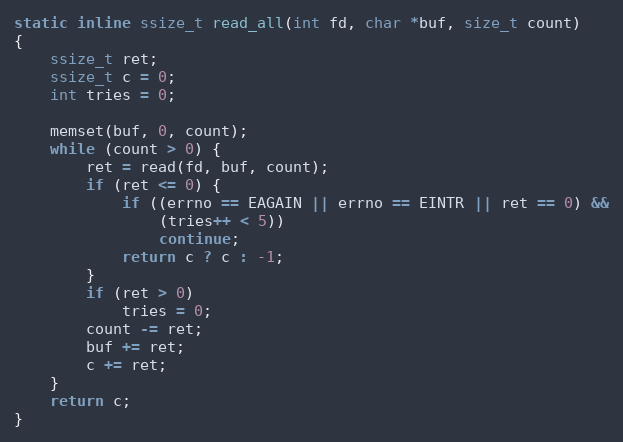
Language: C
static inline ssize_t read_all(int fd, char *buf, size_t count)
{
	ssize_t ret;
	ssize_t c = 0;
	int tries = 0;

	memset(buf, 0, count);
	while (count > 0) {
		ret = read(fd, buf, count);
		if (ret <= 0) {
			if ((errno == EAGAIN || errno == EINTR || ret == 0) &&
			    (tries++ < 5))
				continue;
			return c ? c : -1;
		}
		if (ret > 0)
			tries = 0;
		count -= ret;
		buf += ret;
		c += ret;
	}
	return c;
}